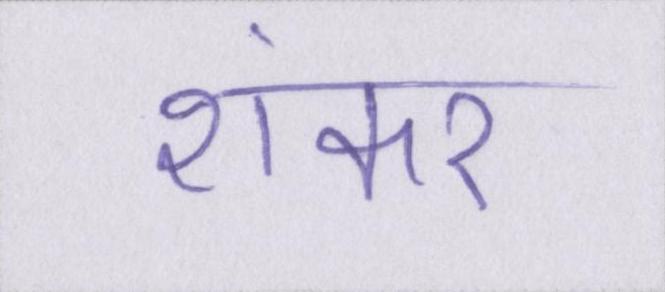
शंकर